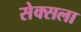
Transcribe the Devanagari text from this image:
सेक्सला